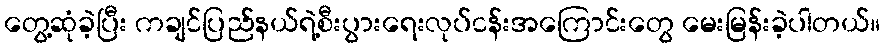
တွေ့ဆုံခဲ့ပြီး ကချင်ပြည်နယ်ရဲ့စီးပွားရေးလုပ်ငန်းအကြောင်းတွေ မေးမြန်းခဲ့ပါတယ်။